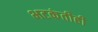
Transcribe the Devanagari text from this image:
भटकंतीही